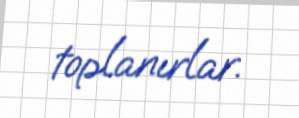
toplanırlar.